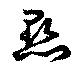
點